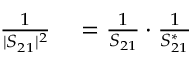
\begin{array} { r l } { \frac { 1 } { | S _ { 2 1 } | ^ { 2 } } } & { { } = \frac { 1 } { S _ { 2 1 } } \cdot \frac { 1 } { S _ { 2 1 } ^ { * } } } \end{array}